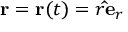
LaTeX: \mathbf { r } = \mathbf { r } ( t ) = r \mathbf { \hat { e } } _ { r }